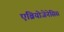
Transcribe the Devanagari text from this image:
एंब्रियोजेनेसिस